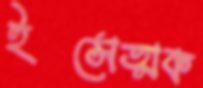
ইসেত্মক